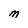
Character: M